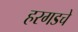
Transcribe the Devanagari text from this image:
हरगडचे